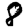
Digit: 8